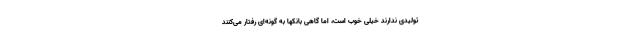
تولیدی ندارند خیلی خوب است، اما گاهی بانکها به گونه‌ای رفتار می‌کنند